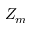
Z _ { m }